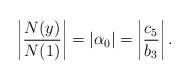
LaTeX: \begin{align*}\left | \frac{N(y)}{N(1)} \right | = |\alpha_0| = \left | \frac{c_5}{b_3}\right|.\end{align*}